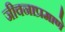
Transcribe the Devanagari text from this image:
जीवनाप्रमाणे